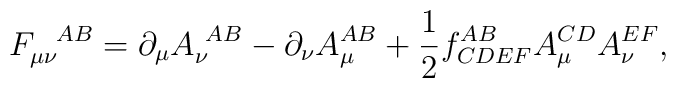
F_{\mu\nu}^{~~AB} = \partial_\mu A_\nu^{~AB} - \partial_\nu A^{AB}_\mu+ \frac{1}{2} f^{AB}_{CDEF} A^{CD}_\mu A^{EF}_\nu,